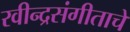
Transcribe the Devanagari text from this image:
रवीन्द्रसंगीताचे